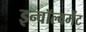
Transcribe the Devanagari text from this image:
इन्वॉल्वमेंट